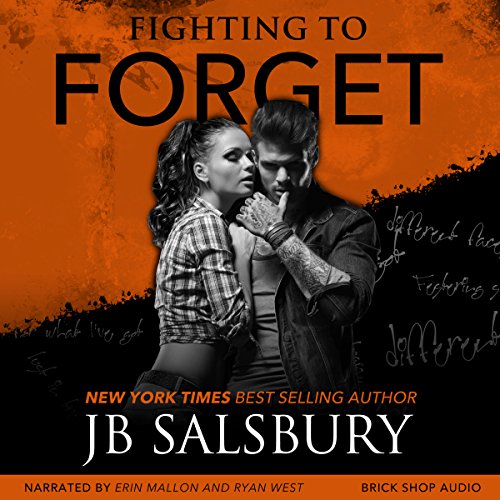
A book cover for Fighting to Forget: Fighting Series, Book 3; JB Salsbury; Romance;